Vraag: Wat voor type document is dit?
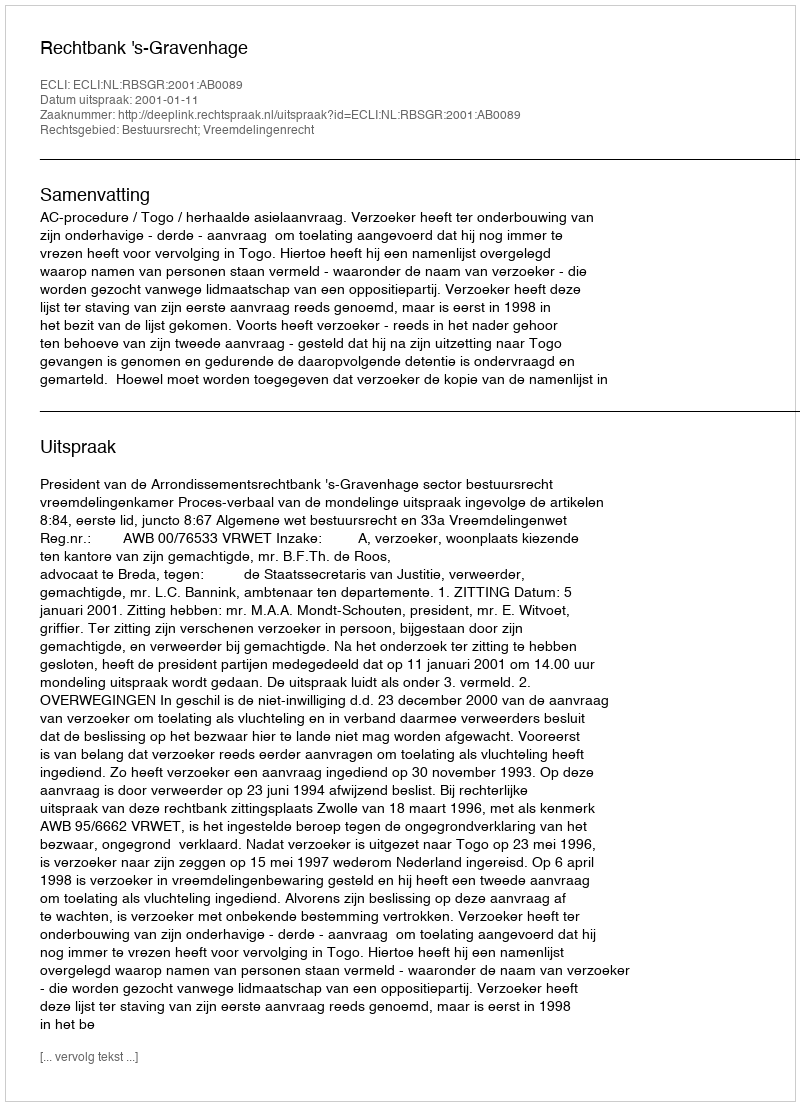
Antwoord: Uitspraak